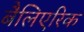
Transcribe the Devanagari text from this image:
बैलिएरिक